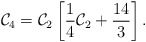
\begin{align*}{\cal C}_4={\cal C}_2\left[\frac{1}{4}{\cal C}_2+\frac{14}{3} \right].\end{align*}